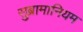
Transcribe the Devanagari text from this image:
सुब्रामानियम